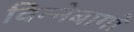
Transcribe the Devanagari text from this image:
विन्नेबागो